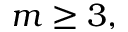
m \geq 3 ,